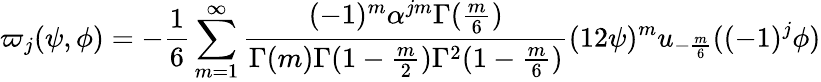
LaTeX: \varpi_{j}(\psi,\phi)=-\frac{1}{6}\sum_{m=1}^{\infty}\frac{(-1)^{m}\alpha^{jm}\Gamma(\frac{m}{6})}{\Gamma(m)\Gamma(1-\frac{m}{2})\Gamma^{2}(1-\frac{m}{6})}(12\psi)^{m}u_{-\frac{m}{6}}((-1)^{j}\phi)